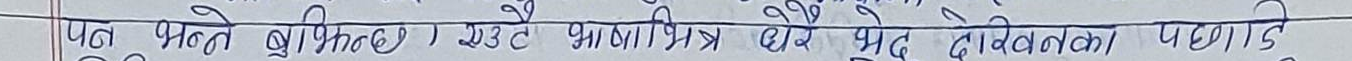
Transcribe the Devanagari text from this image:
पनि भन्नै बुझिन्छ। एउटै भाषीको छोरे धुर्द विभेदनको पहचा दिने